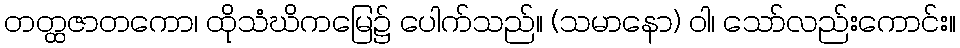
တတ္ထဇာတကော၊ ထိုသံဃိကမြေ၌ ပေါက်သည်။ (သမာနော) ဝါ၊ သော်လည်းကောင်း။